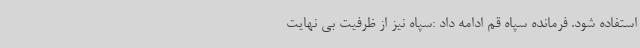
استفاده شود. فرمانده سپاه قم ادامه داد :سپاه نیز از ظرفیت بی نهایت